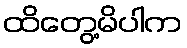
ထိတွေ့မိပါက